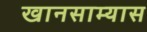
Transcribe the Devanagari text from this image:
खानसाम्यास